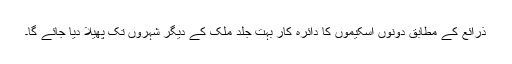
ذرائع کے مطابق دونوں اسکیموں کا دائرہ کار بہت جلد ملک کے دیگر شہروں تک پھیلا دیا جائے گا۔